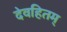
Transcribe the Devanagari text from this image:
देवहितम्